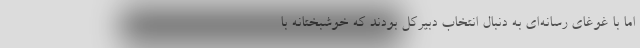
اما با غوغای رسانه‌ای به دنبال انتخاب دبیرکل بودند که خوشبختانه با